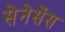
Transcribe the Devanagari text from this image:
सेनेसेंस